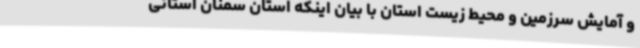
و آمایش سرزمین و محیط زیست استان با بیان اینکه استان سمنان استانی